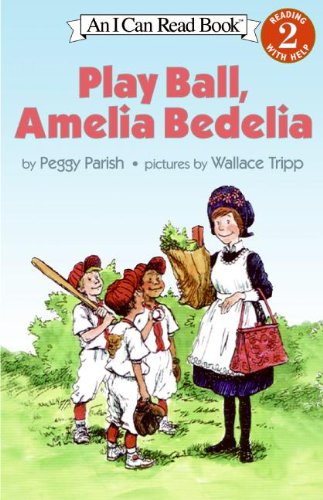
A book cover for Play Ball, Amelia Bedelia (I Can Read Level 2); Peggy Parish; Children's Books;